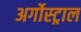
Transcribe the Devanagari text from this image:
अर्गोस्ट्राल